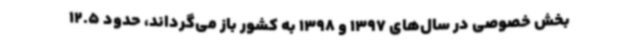
بخش خصوصی در سال‌های 1397 و 1398 به کشور باز می‌گرداند، حدود 12.5